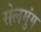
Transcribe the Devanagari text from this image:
सेलमुंग